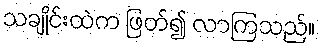
သချိုင်းထဲက ဖြတ်၍ လာကြသည်။